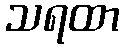
သရထာ